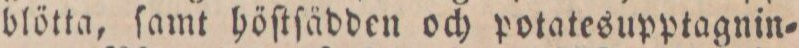
blötta, ſamt höſtſädden och potatesupptagnin=